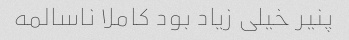
پنیر خیلی زیاد بود کاملا ناسالمه